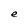
Character: e